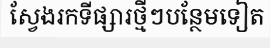
ស្វែងរកទីផ្សារថ្មីៗបន្ថែមទៀត